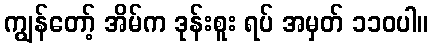
ကျွန်တော့် အိမ်က ဒုန်းစူး ရပ် အမှတ် ၁၁၀ပါ။